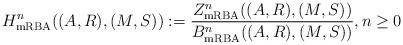
LaTeX: \begin{align*}H^n_\mathrm{mRBA} ((A,R), (M,S)) := \frac{Z^n_\mathrm{mRBA} ((A,R), (M,S))}{B^n_\mathrm{mRBA} ((A,R), (M,S))}, n \geq 0\end{align*}